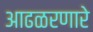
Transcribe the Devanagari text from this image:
आढळरणारे